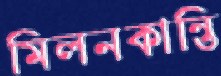
মিলনকান্তি